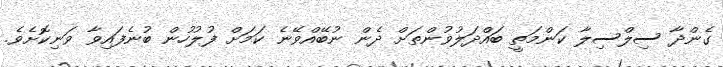
ގެންދާ ސިލްސިލާ ކަންމަތީ ބައްދަލުވުންތަށް ދެން ނުބޭއްވޭނެ ކަމަށް ފުލުހުން ބުނެފައިވާ ވަނިކޮށެވެ.